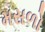
મસળો